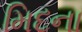
મિદના